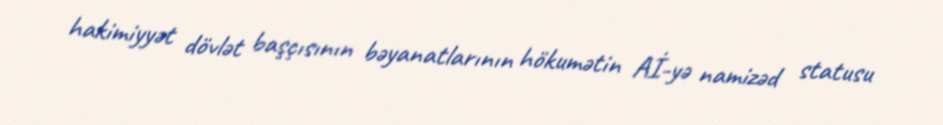
hakimiyyət dövlət başçısının bəyanatlarının hökumətin Aİ-yə namizəd statusu